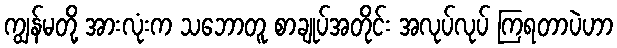
ကျွန်မတို့ အားလုံးက သဘောတူ စာချုပ်အတိုင်း အလုပ်လုပ် ကြရတာပဲဟာ